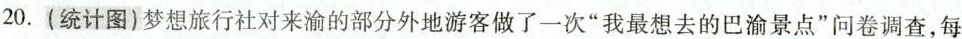
20.(统计图)梦想旅行社对来渝的部分外地游客做了一次“我最想去的巴渝景点”问卷调查,每